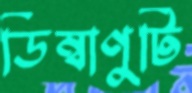
ডিম্বাণুটি